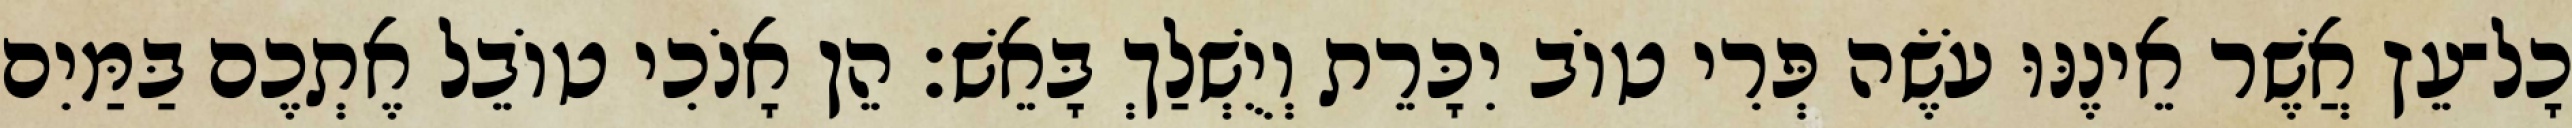
כָל־עֵץ אֲשֶׁר אֵינֶנּוּ עֹשֶׂה פְּרִי טוֹב יִכָּרֵת וְיֻשְׁלַךְ בָּאֵשׁ׃ הֵן אָנֹכִי טוֹבֵל אֶתְכֶם בַּמַּיִם